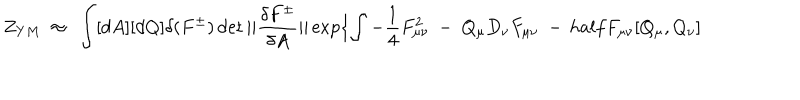
Z _ { Y M } \ \approx \ \int [ d A ] [ d Q ] \delta ( F ^ { \pm } ) \det | | { \frac { \delta F ^ { \pm } } { \delta A } } | | \exp \{ \int - \frac { 1 } { 4 } F _ { \mu \nu } ^ { 2 } \ - \ Q _ { \mu } D _ { \nu } F _ { \mu \nu } \ - \, h a l f F _ { \mu \nu } [ Q _ { \mu } , Q _ { \nu } ]